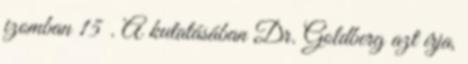
izomban 15 . A kutatásában Dr. Goldberg azt írja,